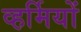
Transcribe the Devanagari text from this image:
व्हर्मियों